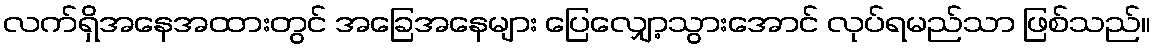
လက်ရှိအနေအထားတွင် အခြေအနေများ ပြေလျှော့သွားအောင် လုပ်ရမည်သာ ဖြစ်သည်။